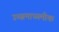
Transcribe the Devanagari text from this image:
उच्चमाध्यमीक